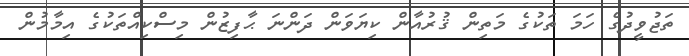
ތަޖުވީދުގެ ހަމަ ތަކުގެ މަތިން ޤުރުއާން ކިޔަވަން ދަންނަ ޙާފިޒުން މިސްކިއްތަކުގެ އިމާމުން